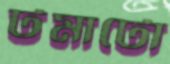
টমাটো